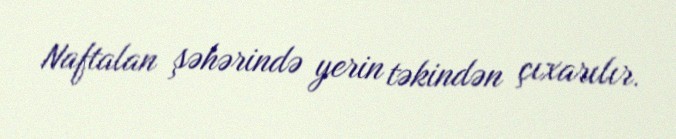
Naftalan şəhərində yerin təkindən çıxarılır.